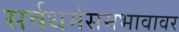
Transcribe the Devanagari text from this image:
सर्वधर्मसमभावावर